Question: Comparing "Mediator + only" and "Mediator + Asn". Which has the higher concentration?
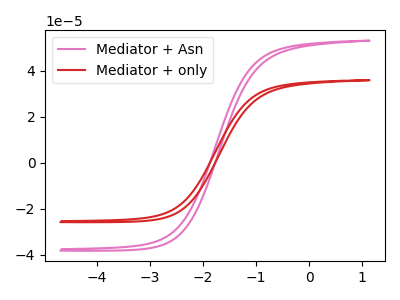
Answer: <think>The pink curve "Mediator + Asn" has no peaks. The red curve "Mediator + only" has no peaks.
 Neither "Mediator + only" or "Mediator + Asn" have any peaks.</think>
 <answer>I cant tell if "Mediator + only" or "Mediator + Asn" has higher concentration.</answer>
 <eval>mixed_concentration</eval>